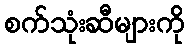
စက်သုံးဆီများကို